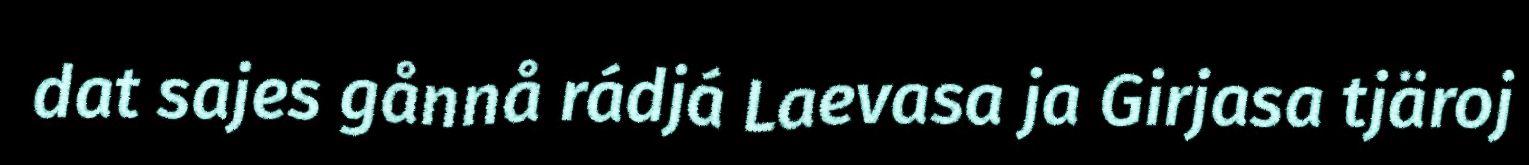
dat sajes gånnå rádjá Laevasa ja Girjasa tjäroj